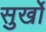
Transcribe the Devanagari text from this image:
सुर्खो